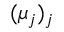
( \mu _ { j } ) _ { j }